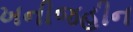
ખનીજહીન